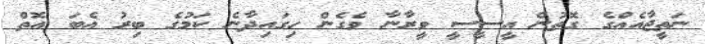
ނަތީޖާއެއްގެ ގޮތުން އީސީސީ ވީރާނާ ވެގެން ހިގައިދާނެ ކަމުގެ ބިރު އެބަ އޮތް